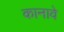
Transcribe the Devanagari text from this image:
कानावे